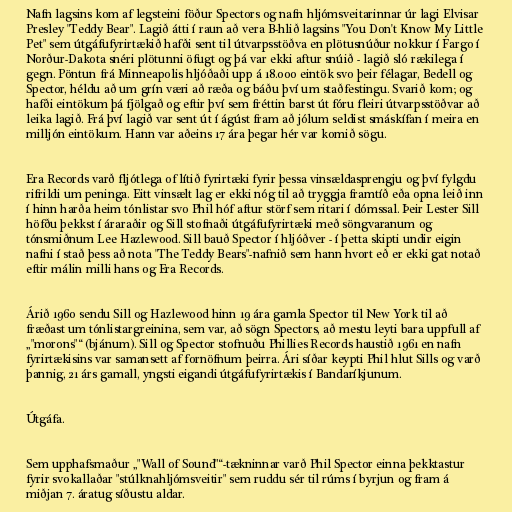
Nafn lagsins kom af legsteini föður Spectors og nafn hljómsveitarinnar úr lagi Elvisar
Presley "Teddy Bear". Lagið átti í raun að vera B-hlið lagsins "You Don't Know My Little
Pet" sem útgáfufyrirtækið hafði sent til útvarpsstöðva en plötusnúður nokkur í Fargo í
Norður-Dakota snéri plötunni öfugt og þá var ekki aftur snúið - lagið sló rækilega í
gegn. Pöntun frá Minneapolis hljóðaði upp á 18.000 eintök svo þeir félagar, Bedell og
Spector, héldu að um grín væri að ræða og báðu því um staðfestingu. Svarið kom; og
hafði eintökum þá fjölgað og eftir því sem fréttin barst út fóru fleiri útvarpsstöðvar að
leika lagið. Frá því lagið var sent út í ágúst fram að jólum seldist smáskífan í meira en
milljón eintökum. Hann var aðeins 17 ára þegar hér var komið sögu.

Era Records varð fljótlega of lítið fyrirtæki fyrir þessa vinsældasprengju og því fylgdu
rifrildi um peninga. Eitt vinsælt lag er ekki nóg til að tryggja framtíð eða opna leið inn
í hinn harða heim tónlistar svo Phil hóf aftur störf sem ritari í dómssal. Þeir Lester Sill
höfðu þekkst í áraraðir og Sill stofnaði útgáfufyrirtæki með söngvaranum og
tónsmiðnum Lee Hazlewood. Sill bauð Spector í hljóðver - í þetta skipti undir eigin
nafni í stað þess að nota "The Teddy Bears"-nafnið sem hann hvort eð er ekki gat notað
eftir málin milli hans og Era Records.

Árið 1960 sendu Sill og Hazlewood hinn 19 ára gamla Spector til New York til að
fræðast um tónlistargreinina, sem var, að sögn Spectors, að mestu leyti bara uppfull af
„"morons"“ (bjánum). Sill og Spector stofnuðu Phillies Records haustið 1961 en nafn
fyrirtækisins var samansett af fornöfnum þeirra. Ári síðar keypti Phil hlut Sills og varð
þannig, 21 árs gamall, yngsti eigandi útgáfufyrirtækis í Bandaríkjunum.

Útgáfa.

Sem upphafsmaður „"Wall of Sound"“-tækninnar varð Phil Spector einna þekktastur
fyrir svokallaðar "stúlknahljómsveitir" sem ruddu sér til rúms í byrjun og fram á
miðjan 7. áratug síðustu aldar.